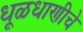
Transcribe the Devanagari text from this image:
धूळधाणीचे